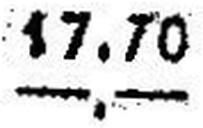
—.—